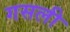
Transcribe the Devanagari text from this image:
गसली